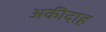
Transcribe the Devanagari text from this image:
अकीदाह